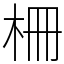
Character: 柵